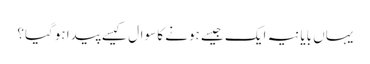
یہاں بایانیہ ایک جیسے ہونے کا سوال کیسے پیدا ہوگیا؟